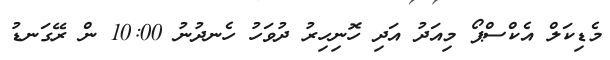
މެޑިކަލް އެކްސްޕޯ މިއަދު އަދި ހޮނިހިރު ދުވަހު ހެނދުނު 10:00 ން ރޭގަނޑު